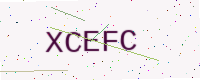
Text: XCEFC